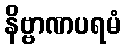
နိဗ္ဗာဏပရမံ